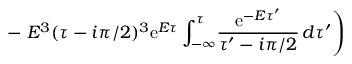
- \left. E ^ { 3 } ( \tau - i \pi / 2 ) ^ { 3 } \mathrm { e } ^ { E \tau } \int _ { - \infty } ^ { \tau } \! \frac { \mathrm { e } ^ { - E \tau ^ { \prime } } } { \tau ^ { \prime } - i \pi / 2 } \, d \tau ^ { \prime } \right)